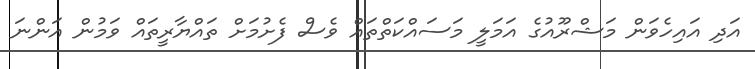
އަދި އައިހެވަން މަޝްރޫއުގެ އަމަލީ މަސައްކަތްތައް ވެސް ފެށުމަށް ތައްޔާރީތައް ވަމުން އަންނަ